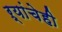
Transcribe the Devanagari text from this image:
ऱ्यांचेही